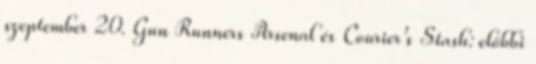
szeptember 20. Gun Runners Arsenal és Courier's Stash: előbbi